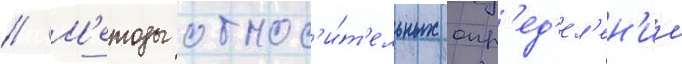
// М'етоды относ'и́т'ельных опр'ед'ел'ен'ии